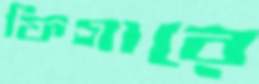
ফিগারে